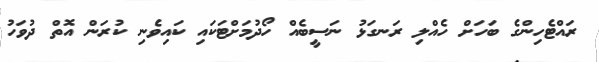
ރައްޓެހިންގެ ބަހަށް ހެއްލި ރަނގަޅު ނަސީބެއް ހޯދުމަށްޓަކައި ކައިވެނި ކުރަން އޮތް ދުވަހު